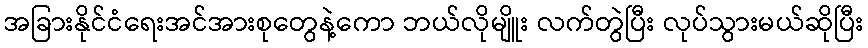
အခြားနိုင်ငံရေးအင်အားစုတွေနဲ့ကော ဘယ်လိုမျိူး လက်တွဲပြီး လုပ်သွားမယ်ဆိုပြီး